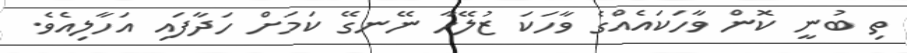
ތި ބުނީ ކޮން ވާހަކައެއްގެ ވާހަކަ ޒުލޭހާ ނޭނގޭ ކަމަށް ހަދާފައި އަހާލިއެވެ.